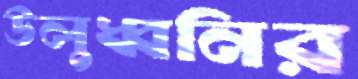
উলুধ্বনির